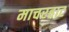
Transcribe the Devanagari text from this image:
माचरहाट